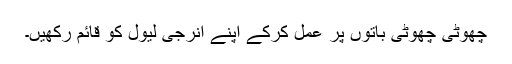
چھوٹی چھوٹی باتوں پر عمل کرکے اپنے انرجی لیول کو قائم رکھیں۔